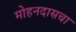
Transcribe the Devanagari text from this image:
मोहनदासचा